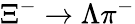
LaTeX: \Xi^{-}\to\Lambda\pi^{-}